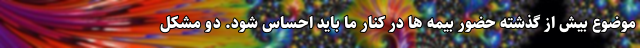
موضوع بیش از گذشته حضور بیمه ها در کنار ما باید احساس شود. دو مشکل